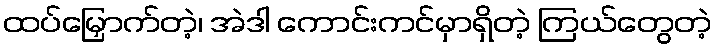
ထပ်မြှောက်တဲ့၊ အဲဒါ ကောင်းကင်မှာရှိတဲ့ ကြယ်တွေတဲ့